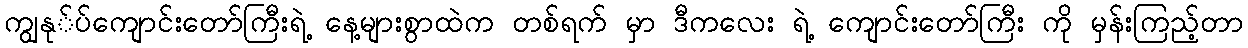
ကျွနု်ပ်ကျောင်းတော်ကြီးရဲ့ နေ့များစွာထဲက တစ်ရက် မှာ ဒီကလေး ရဲ့ ကျောင်းတော်ကြီး ကို မှန်းကြည့်တာ